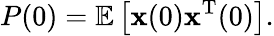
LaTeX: P(0)=\mathbb{E}\left[{\mathbf{x}}(0){\mathbf{x}}^{\mathrm{T}}(0)\right].